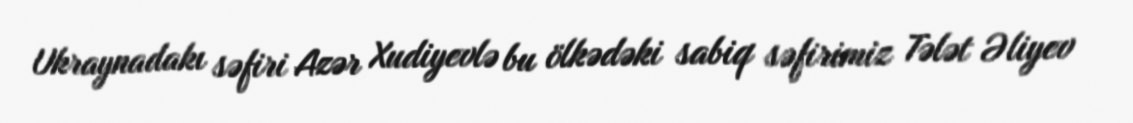
Ukraynadakı səfiri Azər Xudiyevlə bu ölkədəki sabiq səfirimiz Tələt Əliyev